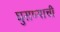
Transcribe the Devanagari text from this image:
घुसण्याची